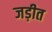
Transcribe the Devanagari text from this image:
जड़ीत